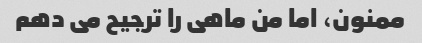
ممنون، اما من ماهی را ترجیح می دهم